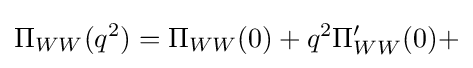
\Pi _{WW}(q^{2})=\Pi _{WW}(0)+q^{2}\Pi _{WW}^{\prime }(0)+